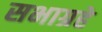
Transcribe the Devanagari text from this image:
सभाग्रहे